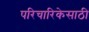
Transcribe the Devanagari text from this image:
परिचारिकेसाठी